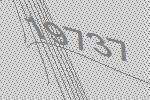
19737